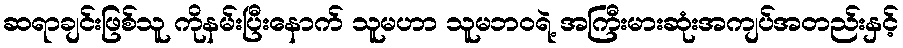
ဆရာချင်းဖြစ်သူ ကိုနမ်းပြီးနောက် သူမဟာ သူမဘဝရဲ့ အကြီးမားဆုံးအကျပ်အတည်းနှင့်